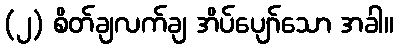
(၂) စိတ်ချလက်ချ အိပ်ပျော်သော အခါ။